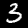
Digit: 3